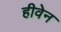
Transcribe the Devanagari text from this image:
हीवेन